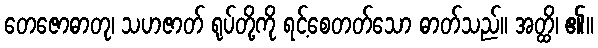
တေဇောဓာတု၊ သဟဇာတ် ရုပ်တို့ကို ရင့်စေတတ်သော ဓာတ်သည်။ အတ္ထိ၊ ၏။